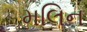
મલિન